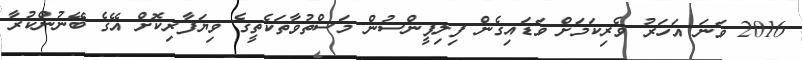
2016 ވަނަ އަހަރު ވެރިކަމަށް ވަޑައިގެން ފިލިޕީންސުން މަސްތުވާތަކެތީގެ ވިޔަފާރިކޮށް އޭގެ ބޭނުންކުރާ